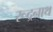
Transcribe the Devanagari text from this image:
रूद्रनाथ